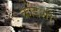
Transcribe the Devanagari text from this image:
कोंडशी